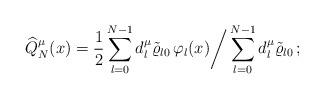
LaTeX: \begin{align*}\widehat Q_N^\mu(x)= \frac 1 2 \sum_{l=0}^{N-1} d_l^\mu\tilde \varrho_{l0}\,\varphi_l(x)\bigg/\sum_{l=0}^{N-1} d_l^\mu\tilde \varrho_{l0}\,; \end{align*}